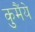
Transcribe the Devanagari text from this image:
कुमैंये